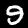
Digit: 9